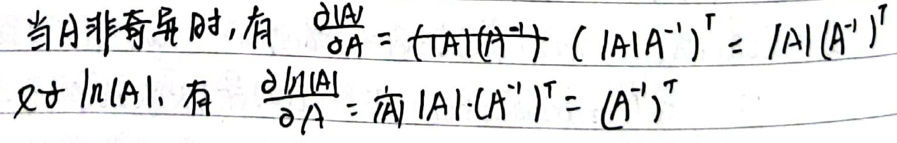
当\(A\)非奇异时，有\(\frac{\partial|A|}{\partial A}=(|A|A^{-1})(|A|A^{-1})^T = |A|(A^{-1})^T\)

对\(\ln|A|\)，有\(\frac{\partial\ln|A|}{\partial A}=\frac{1}{|A|}\cdot(|A|\cdot(A^{-1})^T)=(A^{-1})^T\)